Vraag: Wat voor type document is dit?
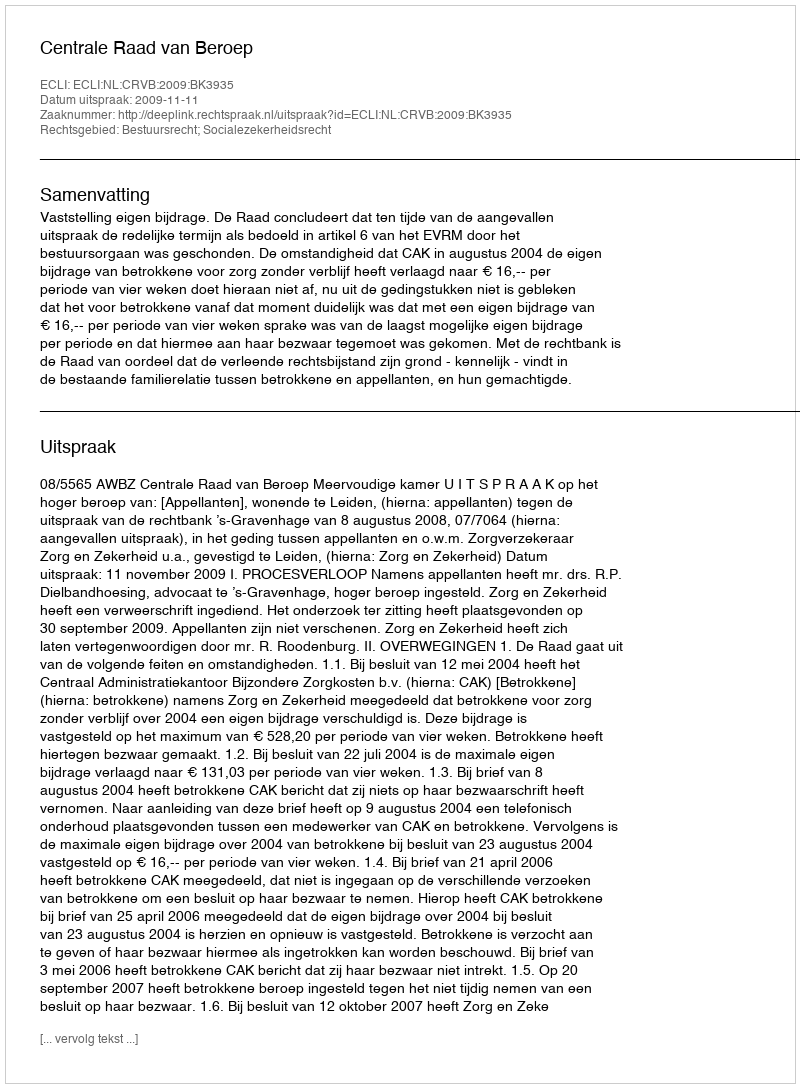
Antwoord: Uitspraak